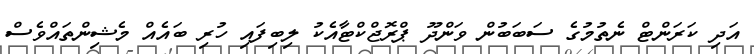
އަދި ކަރަންޓް ނެތުމުގެ ސަބަބުން ވަންދޫ ޕްރޮޖްކްޓާއެކު ލިބިފައި ހުރި ބައެއް މެޝިންތައްވެސް